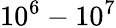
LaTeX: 10^{6}-10^{7}